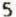
5